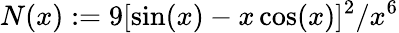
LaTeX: N(x):=9[\sin(x)-x\cos(x)]^{2}/x^{6}